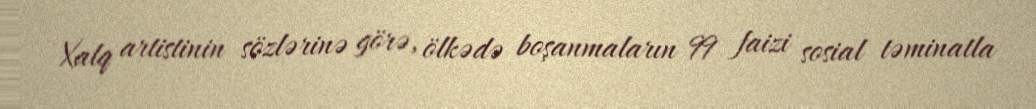
Xalq artistinin sözlərinə görə, ölkədə boşanmaların 99 faizi sosial təminatla